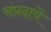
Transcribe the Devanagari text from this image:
संप्रदायें